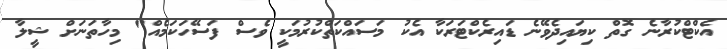
އެކްޓްކުރާނެ ގޮތް ކިޔައިދެވޭނެ ޑައިރެކްޓަރަކާ އެކު މަސައްކަތްކުރުމަކީ ވެސް ފަސޭހަކަމެއް" މިހާތަނަށް ޝީލާ